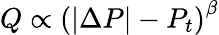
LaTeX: Q\propto\left(|\Delta P|-P_{t}\right)^{\beta}